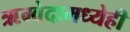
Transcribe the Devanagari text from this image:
ऋग्वेदामध्येही